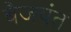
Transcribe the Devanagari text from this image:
बैजयंत